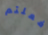
فعلتم